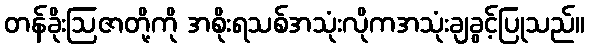
တန်ခိုးဩဇာတို့ကို အစိုးရသစ်အသုံးလိုကအသုံးချခွင့်ပြုသည်။